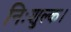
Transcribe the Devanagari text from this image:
निःशुल्क।